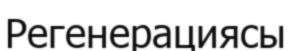
Регенерациясы